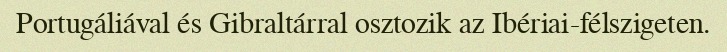
Portugáliával és Gibraltárral osztozik az Ibériai-félszigeten.